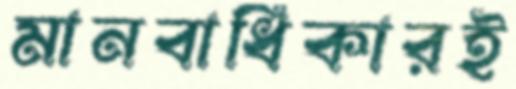
মানবাধিকারই